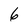
Character: 6